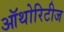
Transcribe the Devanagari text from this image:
ऑथोरिटीज